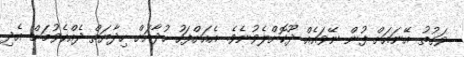
ވަގުތު އޭނައަށް ފުން ނޭވައެއް ދޫކޮށްލެވުނެވެ. އެއަށްފަހު ހުދާއަށް ހިދާޔަތް ދެއްކެވުމަށް އެދި